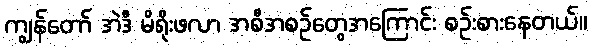
ကျွန်တော် အဲဒီ မိရိုးဖလာ အစီအစဉ်တွေအကြောင်း စဉ်းစားနေတယ်။